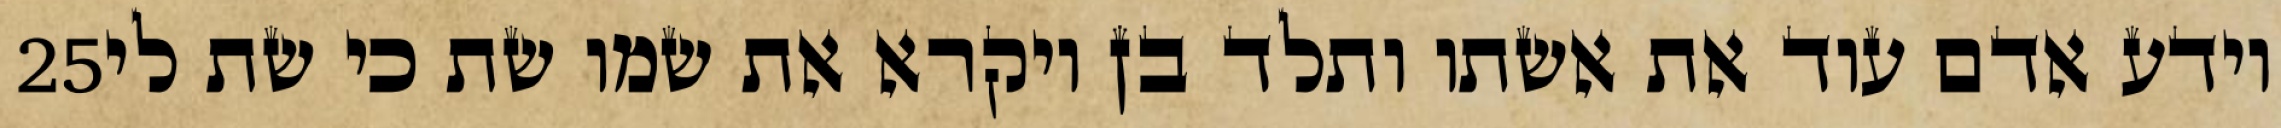
‎25‏ וידע אדם עוד את אשתו ותלד בן ויקרא את שמו שת כי שת לי